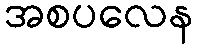
အစပလေန